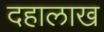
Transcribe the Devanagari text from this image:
दहालाख